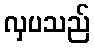
လှပသည်